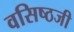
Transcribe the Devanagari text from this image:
वसिष्ठजी